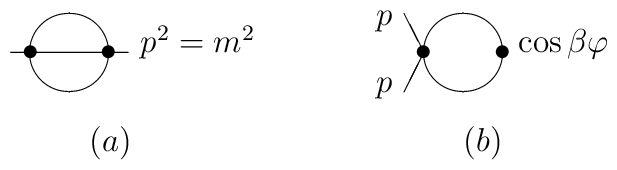
\begin{array}{l}\unitlength5mm \begin{picture}(14,3) \put(1,2){\oval(2,2)}\put(0,2){\makebox(0,0){$\bullet$}} \put(2,2){\makebox(0,0){$\bullet$}}\put(-.5,2){\line(1,0){3}} \put(2.8,2){$p^2=m^2$} \put(1.5,-.5){$(a)$}\put(11,2){\oval(2,2)} \put(10,2){\makebox(0,0){$\bullet$}}\put(12,2){\makebox(0,0){$\bullet$}} \put(12.4,2){$\cos \beta \varphi$}\put(10,2){\line(-1,2){.5}} \put(10,2){\line(-1,-2){.5}} \put(8.8,1){$p$}\put(8.8,2.7){$p$} \put(11,-.5){$(b)$} \end{picture}\end{array}